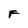
Character: F